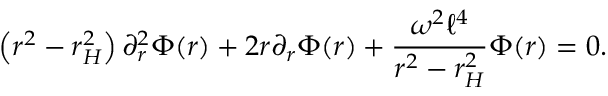
\left( r ^ { 2 } - r _ { H } ^ { 2 } \right) \partial _ { r } ^ { 2 } \Phi ( r ) + 2 r \partial _ { r } \Phi ( r ) + \frac { \omega ^ { 2 } \ell ^ { 4 } } { r ^ { 2 } - r _ { H } ^ { 2 } } \Phi ( r ) = 0 .